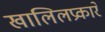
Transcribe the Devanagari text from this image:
खालिलप्रकारे